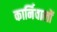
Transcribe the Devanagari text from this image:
कार्निवालों